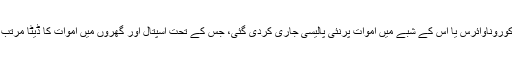
تفصیلات کے مطابق بلوچستان میں کوروناوائرس یا اس کے شبے میں اموات پرنئی پالیسی جاری کردی گئی، جس کے تحت اسپتال اور گھروں میں اموات کا ڈیٹا مرتب کرنے کا عمل شروع کردیا گیا ہے۔